Annual report of the Punjab Veterinary College and of the Civil Veterinary Department, Punjab - 1926-1932
Year: 1926
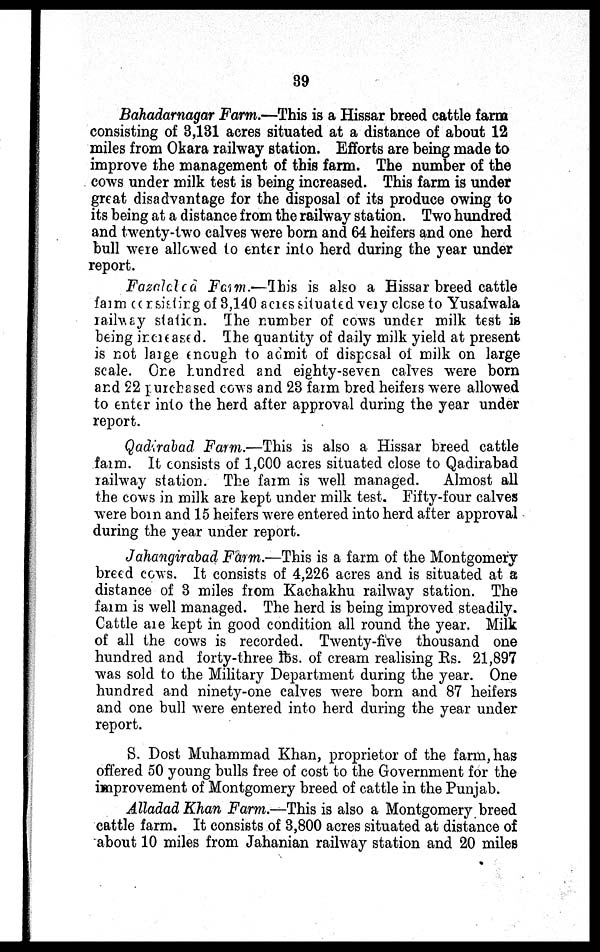
39
Bahadarnagar Farm.—This is a Hissar breed cattle farm
consisting of 3,131 acres situated at a distance of about 12
miles from Okara railway station. Efforts are being made to
improve the management of this farm. The number of the
cows under milk test is being increased. This farm is under
great disadvantage for the disposal of its produce owing to
its being at a distance from the railway station. Two hundred
and twenty-two calves were born and 64 heifers and one herd
bull were allowed to enter into herd during the year under
report.
Fazalabad Farm.— This is also a Hissar breed cattle
farm consisting of 3,140 acres situated very close to Yusafwala
railway station. The number of cows under milk test is
being increased. The quantity of daily milk yield at present
is not large enough to admit of disposal of milk on large
scale. One hundred and eighty-seven calves were born
and 22 purchased cows and 23 farm bred heifers were allowed
to enter into the herd after approval during the year under
report.
Qadirabad Farm.—This is also a Hissar breed cattle
farm. It consists of 1,000 acres situated close to Qadirabad
railway station. The farm is well managed.
Almost all
the cows in milk are kept under milk test. Fifty-four calves
were born and 15 heifers were entered into herd after approval
during the year under report.
Jahangirabad Farm.—This is a farm of the Montgomery
breed cows. It consists of 4,226 acres and is situated at a
distance of 3 miles from Kachakhu railway station. The
farm is well managed. The herd is being improved steadily.
Cattle are kept in good condition all round the year. Milk
of all the cows is recorded. Twenty-five thousand one
hundred and forty-three lbs. of cream realising Rs. 21,897
was sold to the Military Department during the year. One
hundred and ninety-one calves were born and 87 heifers
and one bull were entered into herd during the year under
report.
S. Dost Muhammad Khan, proprietor of the farm, has
offered 50 young bulls free of cost to the Government for the
improvement of Montgomery breed of cattle in the Punjab.
Alladad Khan Farm.—This is also a Montgomery breed
cattle farm. It consists of 3,800 acres situated at distance of
about 10 miles from Jahanian railway station and 20 miles